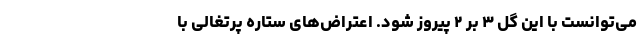
می‌توانست با این گل ۳ بر ۲ پیروز شود. اعتراض‌های ستاره پرتغالی با